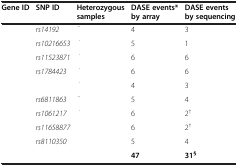
<table><thead><tr><td><b>Gene ID</b></td><td><b>SNP ID</b></td><td><b>Heterozygous samples</b></td><td><b>DASE events* by array</b></td><td><b>DASE events by sequencing</b></td></tr></thead><tbody><tr><td>[EMPTY_CELL]</td><td><i>rs14192</i></td><td>[EMPTY_CELL]</td><td>4</td><td>3</td></tr><tr><td>[EMPTY_CELL]</td><td><i>rs10216653</i></td><td>[EMPTY_CELL]</td><td>5</td><td>1</td></tr><tr><td>[EMPTY_CELL]</td><td><i>rs11523871</i></td><td>[EMPTY_CELL]</td><td>6</td><td>6</td></tr><tr><td>[EMPTY_CELL]</td><td><i>rs1784423</i></td><td>[EMPTY_CELL]</td><td>6</td><td>6</td></tr><tr><td>[EMPTY_CELL]</td><td>[EMPTY_CELL]</td><td>[EMPTY_CELL]</td><td>4</td><td>3</td></tr><tr><td>[EMPTY_CELL]</td><td><i>rs6811863</i></td><td>[EMPTY_CELL]</td><td>5</td><td>4</td></tr><tr><td>[EMPTY_CELL]</td><td><i>rs1061217</i></td><td>[EMPTY_CELL]</td><td>6</td><td>2<sup>†</sup></td></tr><tr><td>[EMPTY_CELL]</td><td><i>rs11658877</i></td><td>[EMPTY_CELL]</td><td>6</td><td>2<sup>†</sup></td></tr><tr><td>[EMPTY_CELL]</td><td><i>rs8110350</i></td><td>[EMPTY_CELL]</td><td>5</td><td>4</td></tr><tr><td>[EMPTY_CELL]</td><td>[EMPTY_CELL]</td><td>[EMPTY_CELL]</td><td><b>47</b></td><td><b>31</b><sup><b>§</b></sup></td></tr></tbody></table>